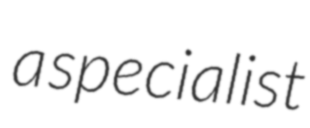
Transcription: a specialist